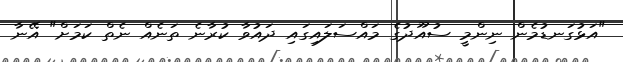
"އަޅުގަނޑުމެން ނިންމީ ސުއޫދުގެ މައްސަލައިގައި ދައުވާ ކުރާނެ ތަނެއް ނެތް ކަމަށް" އޭނާ